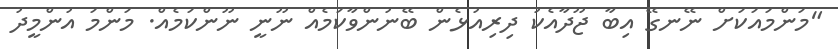
"މަންމައަކަށް ނޭނގޭ އިބާ ޖޫދާއެކު ދިރިއުޅެން ބޭނުންވާކަމެއް ނޫނީ ނޫންކަމެއް. މަންމަ އުންމީދު